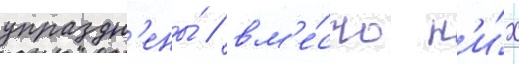
упраздн'ены́ / вм'е́сто н'и́х